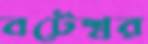
বটেশ্বর